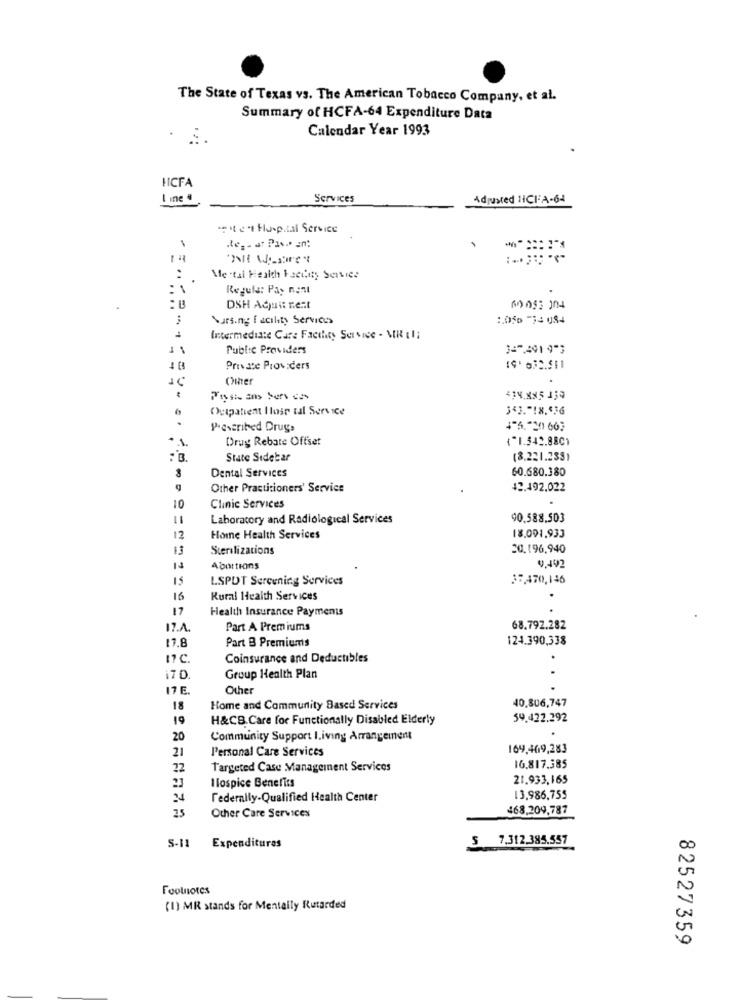
The State of Texas vs. The American Tobacco Company, et al.
Summary of HCFA-64 Expenditure Data
Calendar Year 1993
HICFA
I ine 4
Services
Adjusted 1ICHFA-64
weitet Hospital Service
Mental Health Facility Service
...
Regula: Pay nont
DSH Adult nest
()053 304
Nursing facility Services
1.050 -34 084
Intermediate Care Facility Service - MR :1;
Public Providers
347.401 9"3
Private Providers
Other
Fryste ans bers ces
414.885.159
Outpatient Ilosr tal Service
343 .- 18.536
.
Proscribed Drugs
. 1.
Drug Rebate Offset
{"1.542.880)
State Sidebar
(8.221.233)
Dental Services
60.680.380
Other Practitioners' Service
42.492,022
10
Clinic Services
Laboratory and Radiological Services
90.588,503
12
Home Health Services
18.091.933
13
Sterilizations
20,196,940
13
Abortions
0,492
15
LSPDT Sercening Services
37,470,146
16
Rural Health Services
17
Health Insurance Payments
17.A.
Part A Premiums
68.792.282
17,8
Part B Premiums
124.390,338
17C.
Coinsurance and Deductibles
17D.
Group Health Plan
17 E.
Other
40,806,747
18
Home and Community Based Services
19
H&CB. Care for Functionally Disabled Elderly
59.422.292
20
Community Support I.iving Arrangement
21
Personal Care Services
169,409,283
22
Targeted Case Management Services
16.817.385
21
21.933,165
Ilospice Benefits
31
Federally-Qualified Health Center
13,986,755
25
468,209,787
Other Care Services
$ 7.312.385.557
S-11
Expenditures
Footnotes
(1) MR stands for Mentally Retarded
82527359